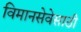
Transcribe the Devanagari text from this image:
विमानसेवेसाठी